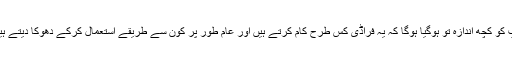
آپ کو کچھ اندازہ تو ہوگیا ہوگا کہ یہ فراڈی کس طرح کام کرتے ہیں اور عام طور پر کون سے طریقے استعمال کرکے دھوکا دیتے ہیں۔